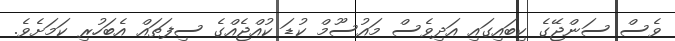
ވެސް ސަންޖޭގެ ކިބައިގައި އަދިވެސް މައުސޫމް ކުޑަ ކުއްޖެއްގެ ސިފަތައް އެބަހުރި ކަމަށެވެ.